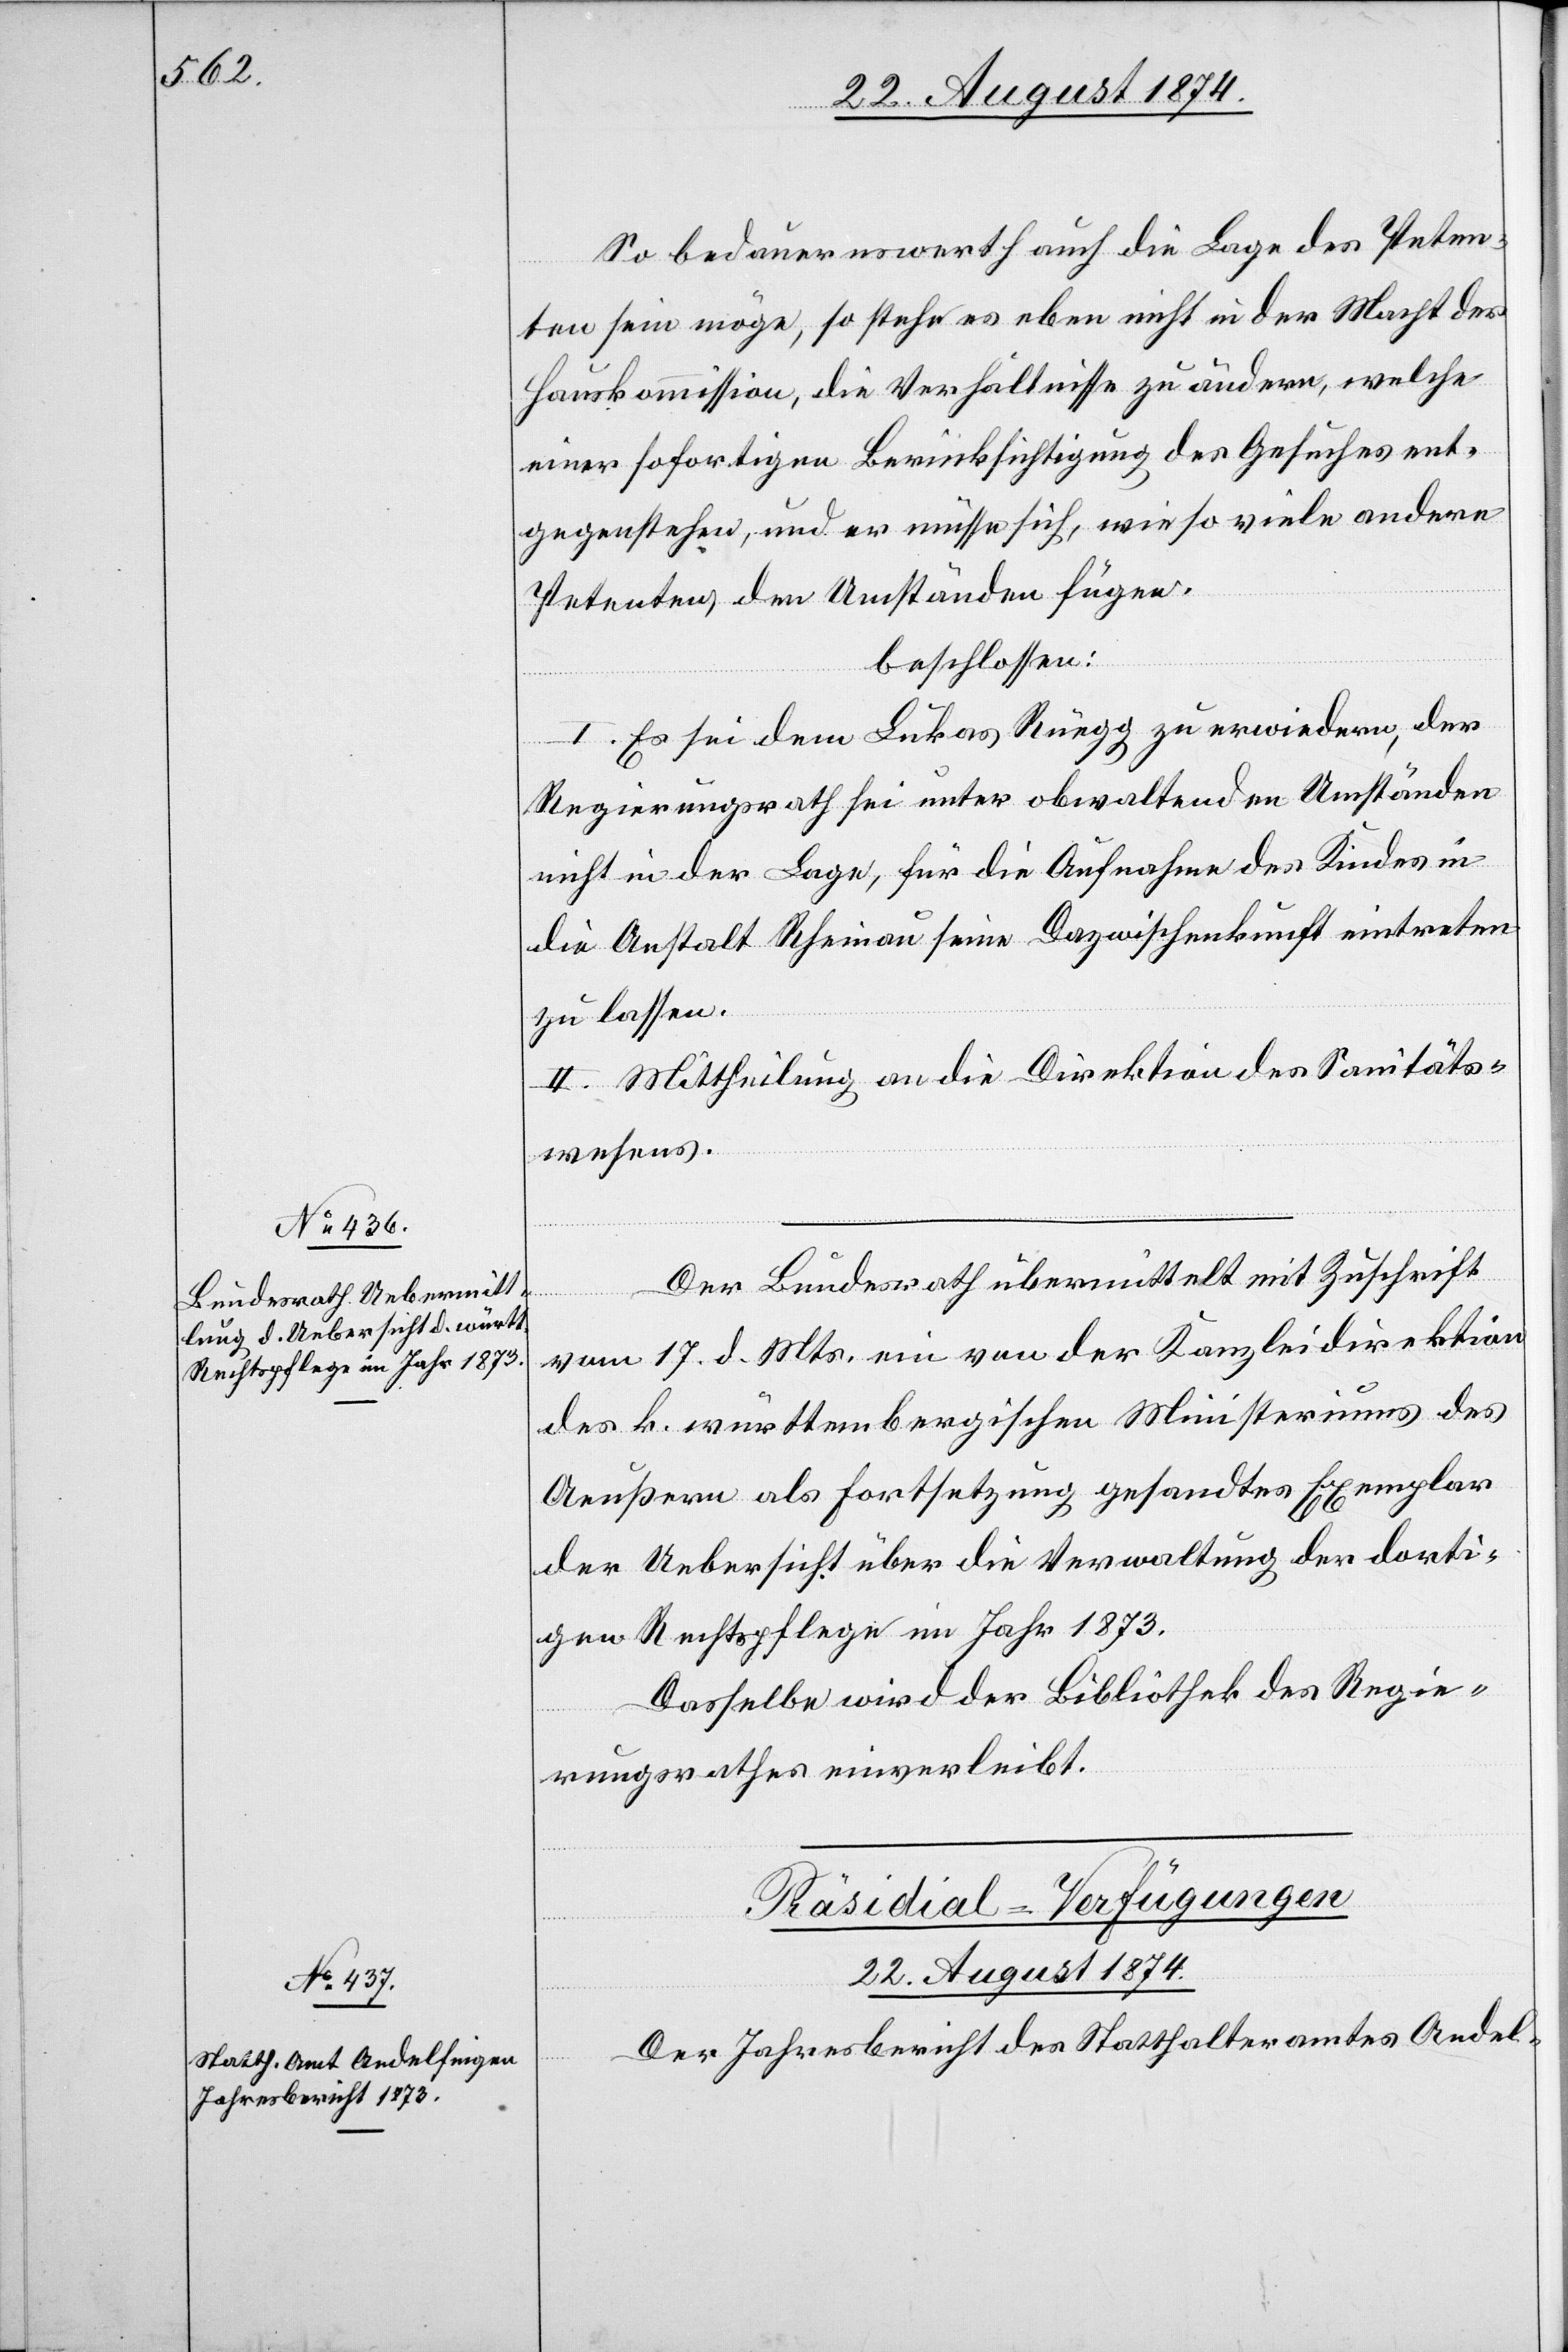
So bedauernswerth auch die Lage des Peten¬
ten sein möge, so stehe es eben nicht in der Macht der
Hauskommission, die Verhältnisse zu ändern, welche
einer sofortigen Berücksichtigung des Gesuches ent¬
gegenstehen, und er müsse sich, wie so viele andere
Petenten, den Umständen fügen.
beschlossen:
I. Es sei dem Lukas Rüegg zu erwiedern, der
Regierungsrath sei unter obwaltenden Umständen
nicht in der Lage, für die Aufnahme des Kindes in
die Anstalt Rheinau seine Dazwischenkunft eintreten
zu lassen.
II. Mittheilung an die Direktion des Sanitäts¬
wesens.
Der Bundesrath übermittelt mit Zuschrift
vom 17. d. Mts. ein von der Kanzleidirektion
des k. württembergischen Ministeriums des
Aeußern als Fortsetzung gesandtes Exemplar
der Uebersicht über die Verwaltung der dorti¬
gen Rechtspflege im Jahr 1873.
Dasselbe wird der Bibliothek des Regie¬
rungsrathes einverleibt.
Präsidial-Verfügungen
22. August 1874.
Der Jahresbericht des Statthalteramtes Andel-